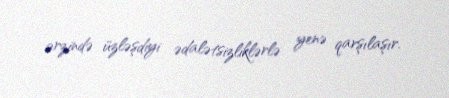
ərzində üzləşdiyi ədalətsizliklərlə yenə qarşılaşır.